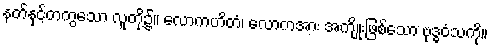
နတ်နှင့်တကွသော လူတို့၌။ လောကဟိတံ၊ လောကအား အကျိုးဖြစ်သော ဗုဒ္ဓဝံသကို။